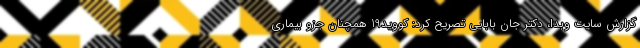
گزارش سایت وبدا، دکتر جان بابایی تصریح کرد: کووید19 همچنان جزو بیماری